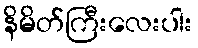
နိမိတ်ကြီးလေးပါး